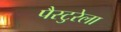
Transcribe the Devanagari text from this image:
पैस्टुरेला